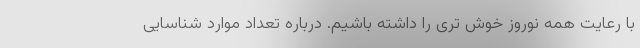
با رعایت همه نوروز خوش تری را داشته باشیم. درباره تعداد موارد شناسایی